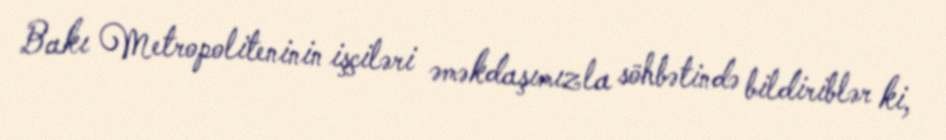
Bakı Metropoliteninin işçiləri əməkdaşımızla söhbətində bildiriblər ki,